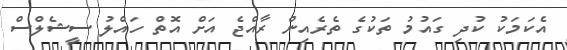
އެކަމަކު ކުދި ގައުމު ތަކުގެ ތެރެއިން ރާއްޖެ އަށް އޮތް ހައްލު ސީޝެލްސް